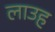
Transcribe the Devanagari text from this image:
लाउह